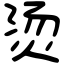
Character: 烫